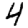
Digit: 4